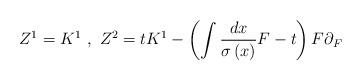
LaTeX: \begin{align*}Z^{1}=K^{1}~,~Z^{2}=tK^{1}-\left( \int \frac{dx}{\sigma \left( x\right) }F-t\right) F\partial _{F}\end{align*}